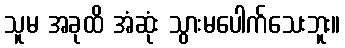
သူမ အခုထိ အံဆုံး သွားမပေါက်သေးဘူး။